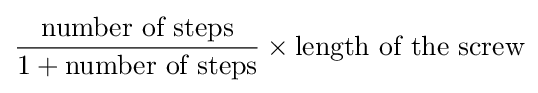
{\frac {\text{number of steps}}{1+{\text{number of steps}}}}\times {\text{length of the screw}}